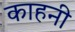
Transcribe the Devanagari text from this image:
काहनी